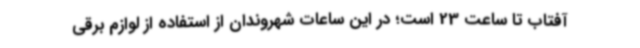
آفتاب تا ساعت 23 است؛ در این ساعات شهروندان از استفاده از لوازم برقی